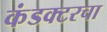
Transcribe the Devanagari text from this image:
कंडक्टरचा